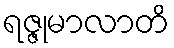
ရဇ္ဇုမာလာတိ